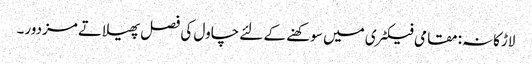
لاڑکانہ: مقامی فیکٹری میں سوکھنے کے لئے چاول کی فصل پھیلاتے مزدور۔